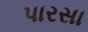
પારસા